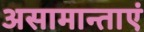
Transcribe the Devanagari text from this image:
असामान्ताएं